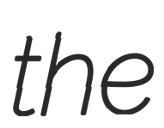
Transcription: the